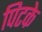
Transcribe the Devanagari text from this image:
पिटके